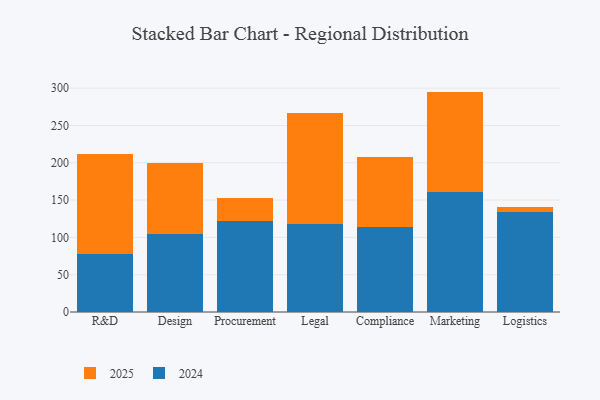
{"axis": {"x": "Department", "y": "Production Output"}, "legend": ["2024", "2025"], "data": [{"x": "R&D", "y": 134.1, "type": "2025"}, {"x": "R&D", "y": 77.9, "type": "2024"}, {"x": "Design", "y": 94.9, "type": "2025"}, {"x": "Design", "y": 104.5, "type": "2024"}, {"x": "Procurement", "y": 29.7, "type": "2025"}, {"x": "Procurement", "y": 122.5, "type": "2024"}, {"x": "Legal", "y": 148.1, "type": "2025"}, {"x": "Legal", "y": 118.6, "type": "2024"}, {"x": "Compliance", "y": 93.7, "type": "2025"}, {"x": "Compliance", "y": 114.1, "type": "2024"}, {"x": "Marketing", "y": 133.9, "type": "2025"}, {"x": "Marketing", "y": 161.5, "type": "2024"}, {"x": "Logistics", "y": 6.6, "type": "2025"}, {"x": "Logistics", "y": 134.1, "type": "2024"}]}